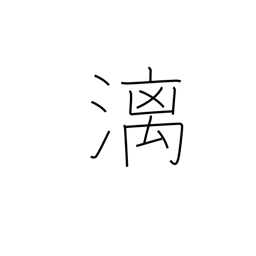
Meaning: dropping